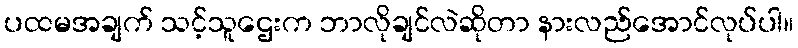
ပထမအချက် သင့်သူဌေးက ဘာလိုချင်လဲဆိုတာ နားလည်အောင်လုပ်ပါ။